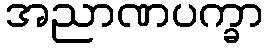
အညာဏပက္ခာ